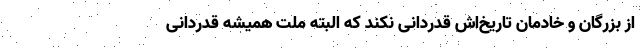
از بزرگان و خادمان تاریخ‌اش قدردانی نکند که البته ملت همیشه قدردانی